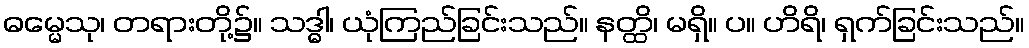
ဓမ္မေသု၊ တရားတို့၌။ သဒ္ဓါ၊ ယုံကြည်ခြင်းသည်။ နတ္ထိ၊ မရှိ။ ပ။ ဟိရိ၊ ရှက်ခြင်းသည်။